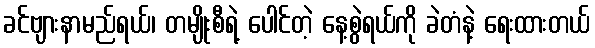
ခင်ဗျားနာမည်ရယ်၊ တမျိုးစီရဲ့ ပေါင်တဲ့ နေ့စွဲရယ်ကို ခဲတံနဲ့ ရေးထားတယ်